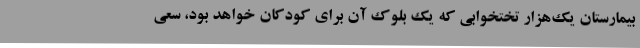
بیمارستان یک‌هزار تختخوابی که یک بلوک آن برای کودکان خواهد بود، سعی